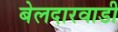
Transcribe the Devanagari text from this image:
बेलदारवाडी